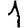
Digit: 1